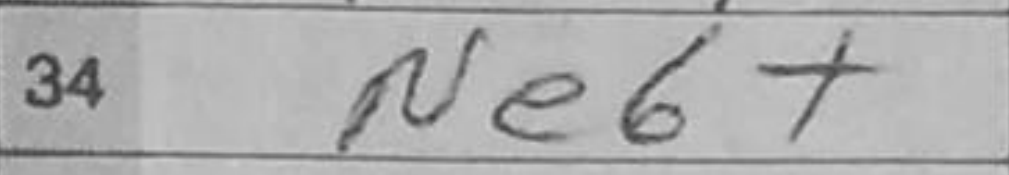
Transcription: Ne6+